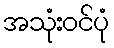
အသုံးဝင်ပုံ